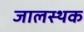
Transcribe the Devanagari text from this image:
जालस्थक